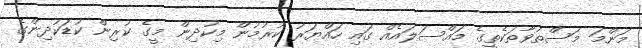
މަންމަ މަސްތުވާތަކެތީގެ މައްސަލައެއް ގައި ހައްޔަރު ކުރުމުން މިކުދިން މީގެ ކުރިން ކުޑަކުދިންގެ